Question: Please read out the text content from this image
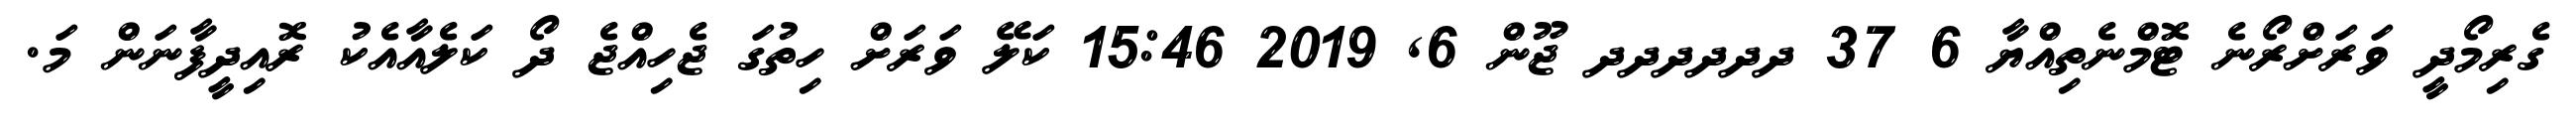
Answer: ގެރިމޯދީ ވަރަށްރޯނެ ޓޮމްނެތިއްޔާ 6 37 ދދދދދދ ޖޫން 6, 2019 15:46 ކަލޭ ވަރަށް ހިތުގަ ޖެހިއްޖެ ދޯ ކަލެއާއެކު ރޮއިދީފާނަން މަ.